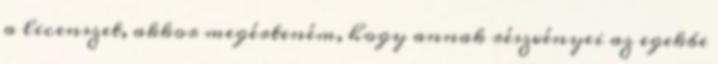
a licenszet, akkor megérteném, hogy annak részvényei az egekbe